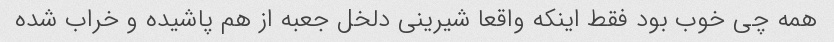
همه چی خوب بود فقط اینکه واقعا شیرینی دلخل جعبه از هم پاشیده و خراب شده